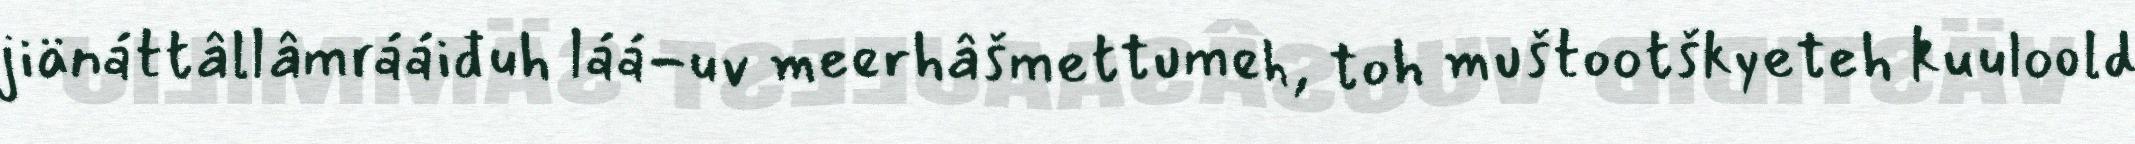
jiänáttâllâmrááiđuh láá-uv meerhâšmettumeh, toh muštootškyeteh kuuloold